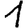
Digit: 1